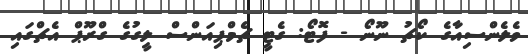
ވެލެންސިއާގެ ކޯޗު ނޫނޯ - ފޮޓޯ: ގެޓީ ޗެމްޕިއަންސް ލީގުގެ ގްރޫޕް އެޗްގައި